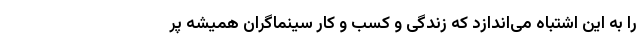
را به این اشتباه می‌اندازد که زندگی و کسب و کار سینماگران همیشه پر